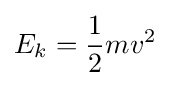
E_{k}={\frac {1}{2}}mv^{2}